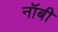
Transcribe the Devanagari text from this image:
नॉबी